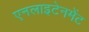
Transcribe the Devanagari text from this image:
एनलाइटेनमेंट